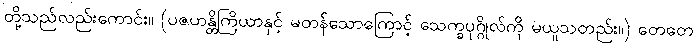
တို့သည်လည်းကောင်း။ (ပဇဟန္တိကြိယာနှင့် မတန်သောကြောင့် သေက္ခပုဂ္ဂိုလ်ကို မယူသတည်း။) တေတေ